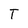
Character: T